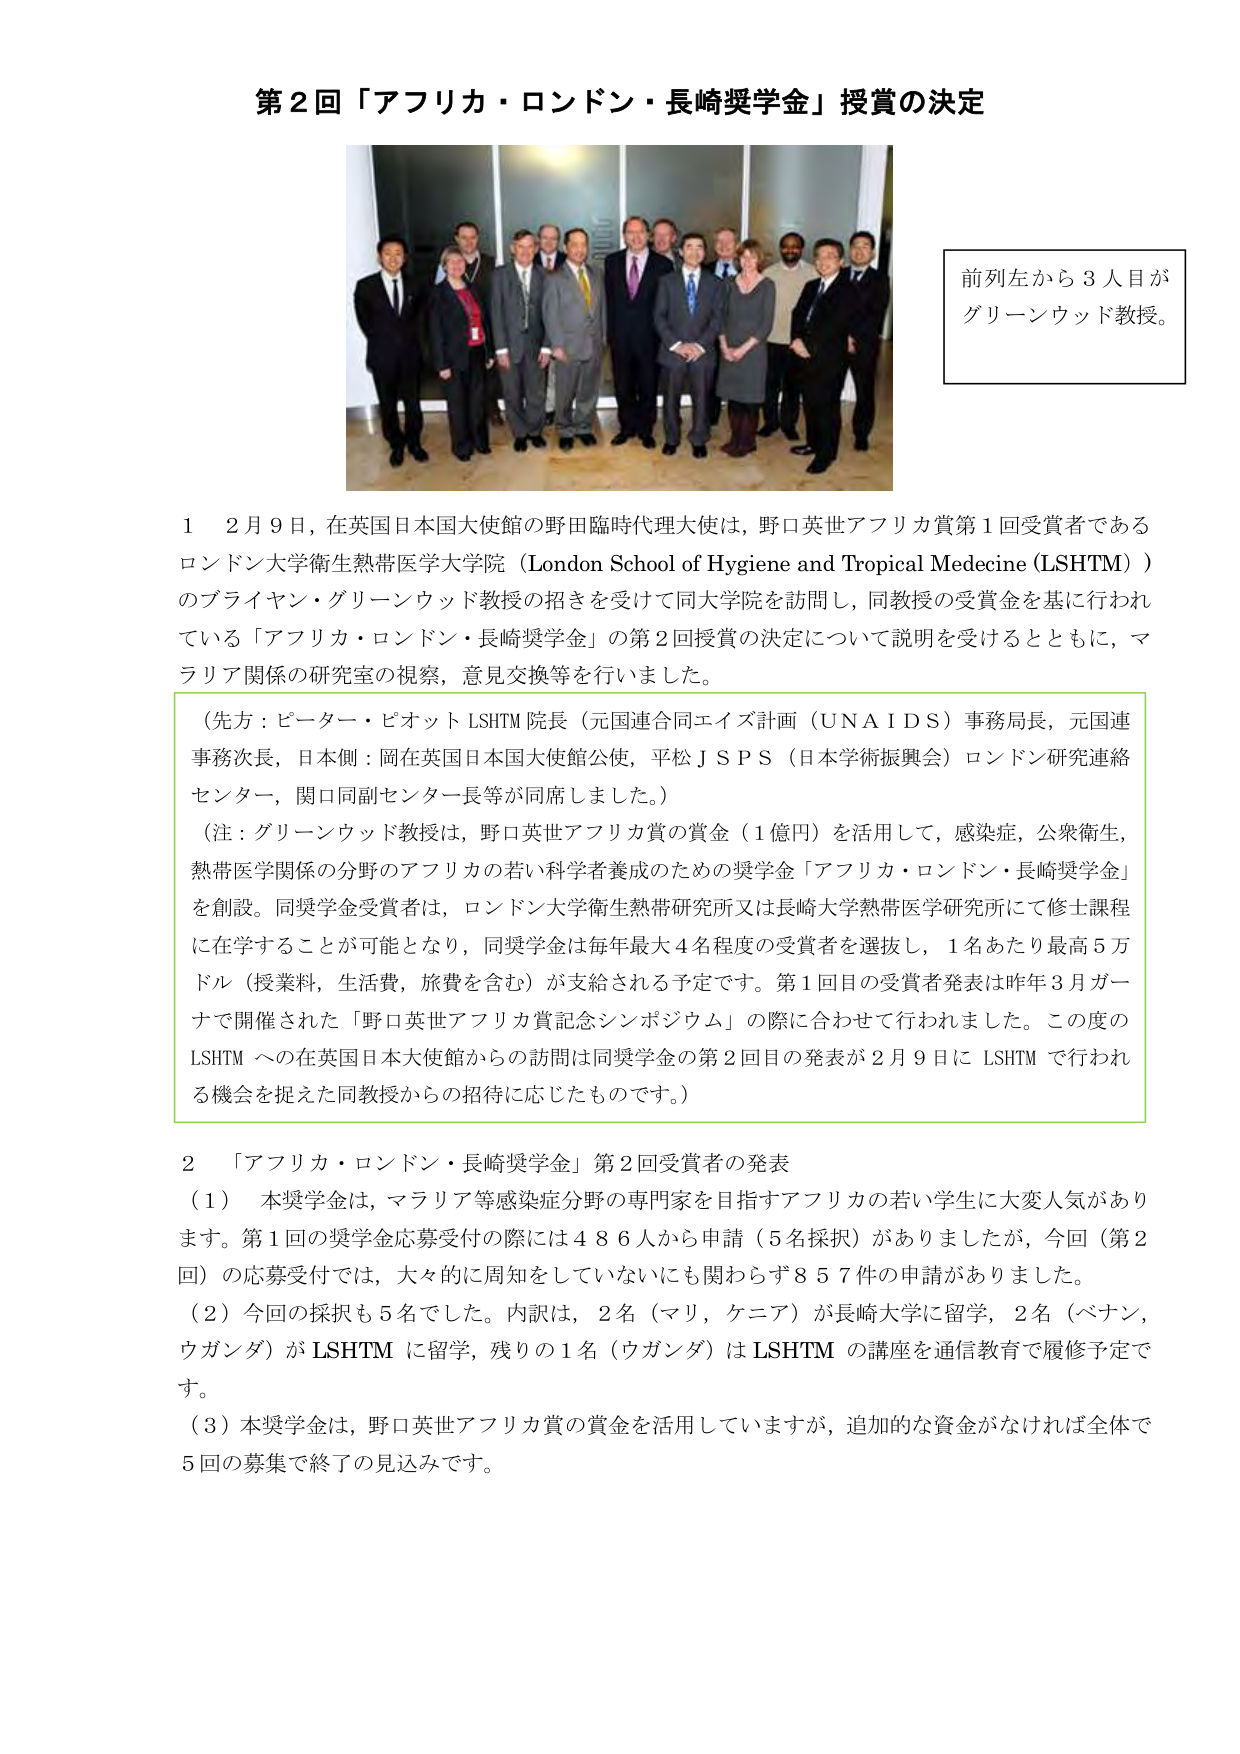
第２回「アフリカ・ロンドン・長崎奨学金」授賞の決定

前列左から３人目が
グリーンウッド教授。

１　２月９日，在英国日本国大使館の野田臨時代理大使は，野口英世アフリカ賞第１回受賞者である
ロンドン大学衛生熱帯医学大学院（London School of Hygiene and Tropical Medecine (LSHTM)）
のブライアン・グリーンウッド教授の招きを受けて同大学院を訪問し，同教授の受賞金を基に行われ
ている「アフリカ・ロンドン・長崎奨学金」の第２回授賞の決定について説明を受けるとともに，マ
ラリア関係の研究室の視察，意見交換等を行いました。

（先方：ピーター・ピオット LSHTM 院長（元国連合同エイズ計画（UNAIDS）事務局長，元国連
事務次長，日本側：岡在英国日本国大使館公使，平松ＪＳＰＳ（日本学術振興会）ロンドン研究連絡
センター，関口同副センター長等が同席しました。）
（注：グリーンウッド教授は，野口英世アフリカ賞の賞金（１億円）を活用して，感染症，公衆衛生，
熱帯医学関係の分野のアフリカの若い科学者養成のための奨学金「アフリカ・ロンドン・長崎奨学金」
を創設。同奨学金受賞者は，ロンドン大学衛生熱帯研究所又は長崎大学熱帯医学研究所にて修士課程
に在学することが可能となり，同奨学金は毎年最大４名程度の受賞者を選抜し，１名あたり最高５万
ドル（授業料，生活費，旅費を含む）が支給される予定です。第１回目の受賞者発表は昨年３月ガー
ナで開催された「野口英世アフリカ賞記念シンポジウム」の際に合わせて行われました。この度の
LSHTM への在英国日本大使館からの訪問は同奨学金の第２回目の発表が２月９日に LSHTM で行われ
る機会を捉えた同教授からの招待に応じたものです。）

２　「アフリカ・ロンドン・長崎奨学金」第２回受賞者の発表
（１）　本奨学金は，マラリア等感染症分野の専門家を目指すアフリカの若い学生に大変人気があり
ます。第１回の奨学金応募受付の際には４８６人から申請（５名採択）がありましたか，今回（第２
回）の応募受付では，大々的に周知をしていないにも関わらず８５７件の申請がありました。
（２）今回の採択も５名でした。内訳は，２名（マリ，ケニア）が長崎大学に留学，２名（ベナン，
ウガンダ）が LSHTM に留学，残りの１名（ウガンダ）は LSHTM の講座を通信教育で履修予定で
す。
（３）本奨学金は，野口英世アフリカ賞の賞金を活用していますが，追加的な資金がなければ全体で
５回の募集で終了の見込みです。